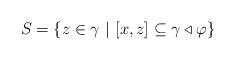
LaTeX: \begin{align*} S=\{z\in\gamma\ |\ [x,z]\subseteq\gamma\triangleleft\varphi\} \end{align*}